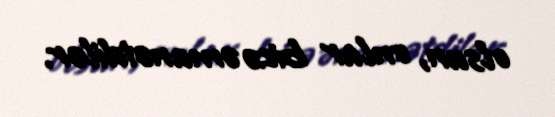
olsun, onlar bizə əmanətdilər.